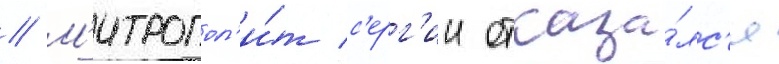
// М'итропол'и́т с'ерг'ии отказа́лс'я